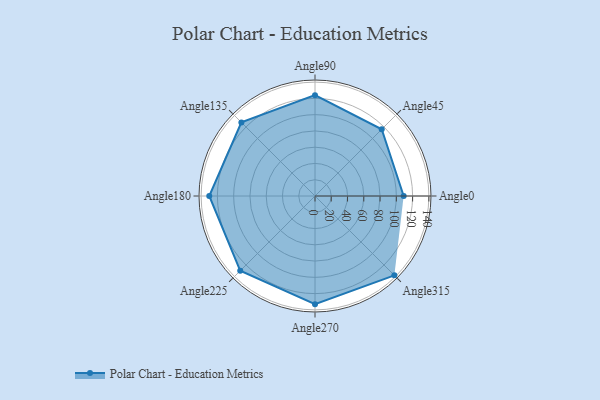
{"axis": {"x": "Angle", "y": "Radius"}, "legend": [""], "data": [{"x": "Angle0", "y": 109.0, "type": ""}, {"x": "Angle45", "y": 116.0, "type": ""}, {"x": "Angle90", "y": 124.0, "type": ""}, {"x": "Angle135", "y": 128.0, "type": ""}, {"x": "Angle180", "y": 130.0, "type": ""}, {"x": "Angle225", "y": 130.0, "type": ""}, {"x": "Angle270", "y": 133.0, "type": ""}, {"x": "Angle315", "y": 138.0, "type": ""}]}